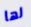
لها